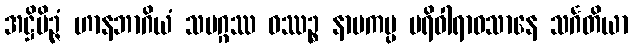
အဋ္ဌိမိဉ္ဇံ ဟာနဘာဂိယံ သမဂ္ဂဿ ဝဿဉ္စ နာမကပ္ပ ပရိဝါရာဝသာနေ သင်္ဂတိယာ